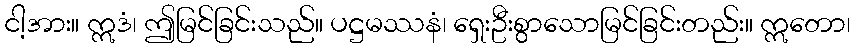
ငါ့အား။ ဣဒံ၊ ဤမြင်ခြင်းသည်။ ပဋ္ဌမဿနံ၊ ရှေးဦးစွာသောမြင်ခြင်းတည်း။ ဣတော၊